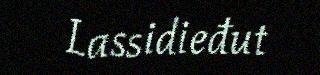
Lassidieđut